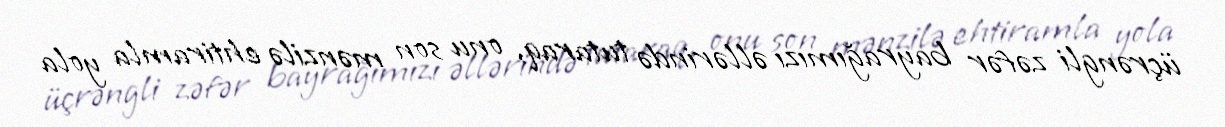
üçrəngli zəfər bayrağımızı əllərində tutaraq, onu son mənzilə ehtiramla yola